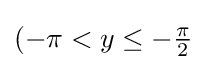
{\textstyle (-\pi <y\leq -{\frac {\pi }{2}}}